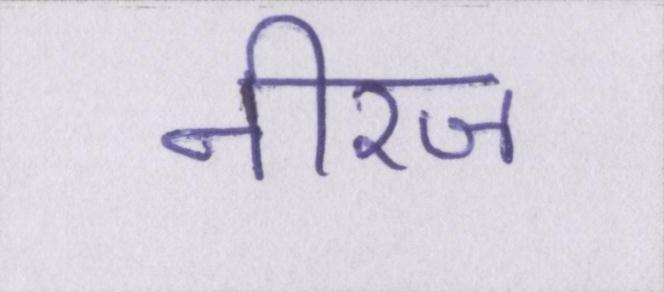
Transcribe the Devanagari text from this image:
नीरज